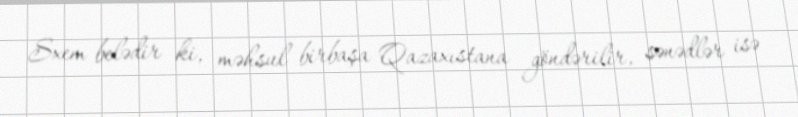
Sxem belədir ki, məhsul birbaşa Qazaxıstana göndərilir, sənədlər isə